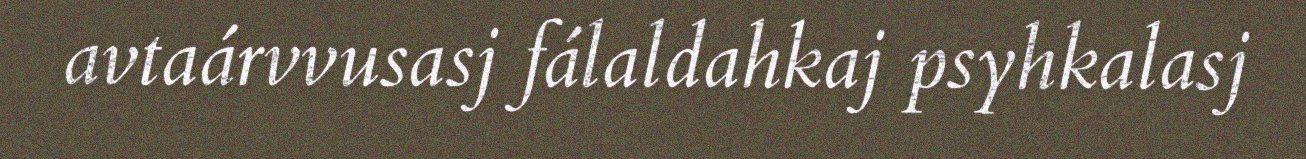
avtaárvvusasj fálaldahkaj psyhkalasj